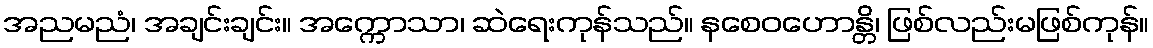
အညမညံ၊ အချင်းချင်း။ အက္ကောသာ၊ ဆဲရေးကုန်သည်။ နစေဝဟောန္တိ၊ ဖြစ်လည်းမဖြစ်ကုန်။